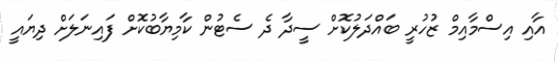
އާއި އިސްމާއިމް ޒުހުރީ ބައްދަލުކޮށް ސީދާ ދެ ސެޓުން ކާމިޔާބުކޮށް ފައިނަލަށް ދިޔައީ